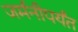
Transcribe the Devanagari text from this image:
जर्मनीपर्यंत